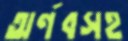
অর্ণবসহ